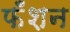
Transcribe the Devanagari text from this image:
फँशन